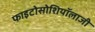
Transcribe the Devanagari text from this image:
फाइटोसोशियॉलाजी